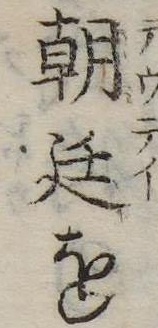
朝廷を